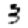
Digit: 3